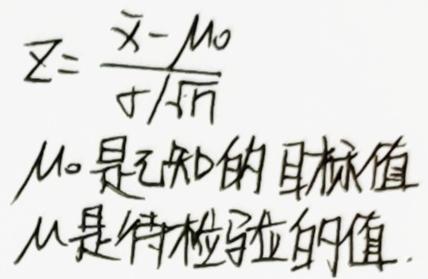
\[
Z = \frac{\bar{x}-\mu_0}{s/\sqrt{n}}
\]
$\mu_0$是已知的目标值，$\mu$是待检验的值。